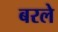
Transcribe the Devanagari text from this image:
बरले